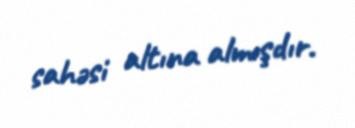
sahəsi altına almışdır.